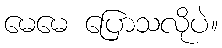
မေမေ ပြောသလိုပဲ။